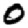
Digit: 0